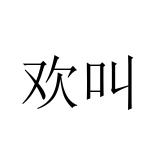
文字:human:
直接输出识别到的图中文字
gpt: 欢叫